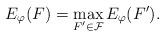
LaTeX: \begin{align*} E_\varphi(F) = \max_{F'\in \mathcal F} E_\varphi(F'). \end{align*}